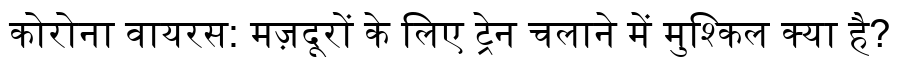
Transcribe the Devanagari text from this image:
कोरोना वायरस: मज़दूरों के लिए ट्रेन चलाने में मुश्किल क्या है?